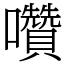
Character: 囋